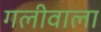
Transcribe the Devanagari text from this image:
गलीवाला